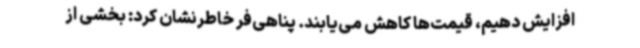
افزایش دهیم، قیمت‌ها کاهش می‌یابند. پناهی‌فر خاطرنشان کرد: بخشی از